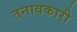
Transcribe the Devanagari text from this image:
तनावकारी